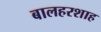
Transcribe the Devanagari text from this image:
बालहरशाह